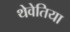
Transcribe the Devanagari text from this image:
थेवेतिया